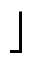
\rfloor